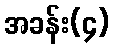
အခန်း(၄)